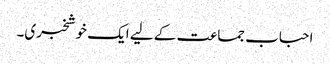
احباب جماعت کے لیے ایک خوشخبری۔